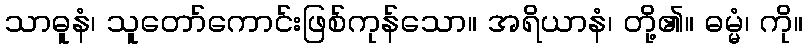
သာဓူနံ၊ သူတော်ကောင်းဖြစ်ကုန်သော။ အရိယာနံ၊ တို့၏။ ဓမ္မံ၊ ကို။